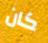
كان